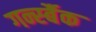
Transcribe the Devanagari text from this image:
गर्न्स्बैक